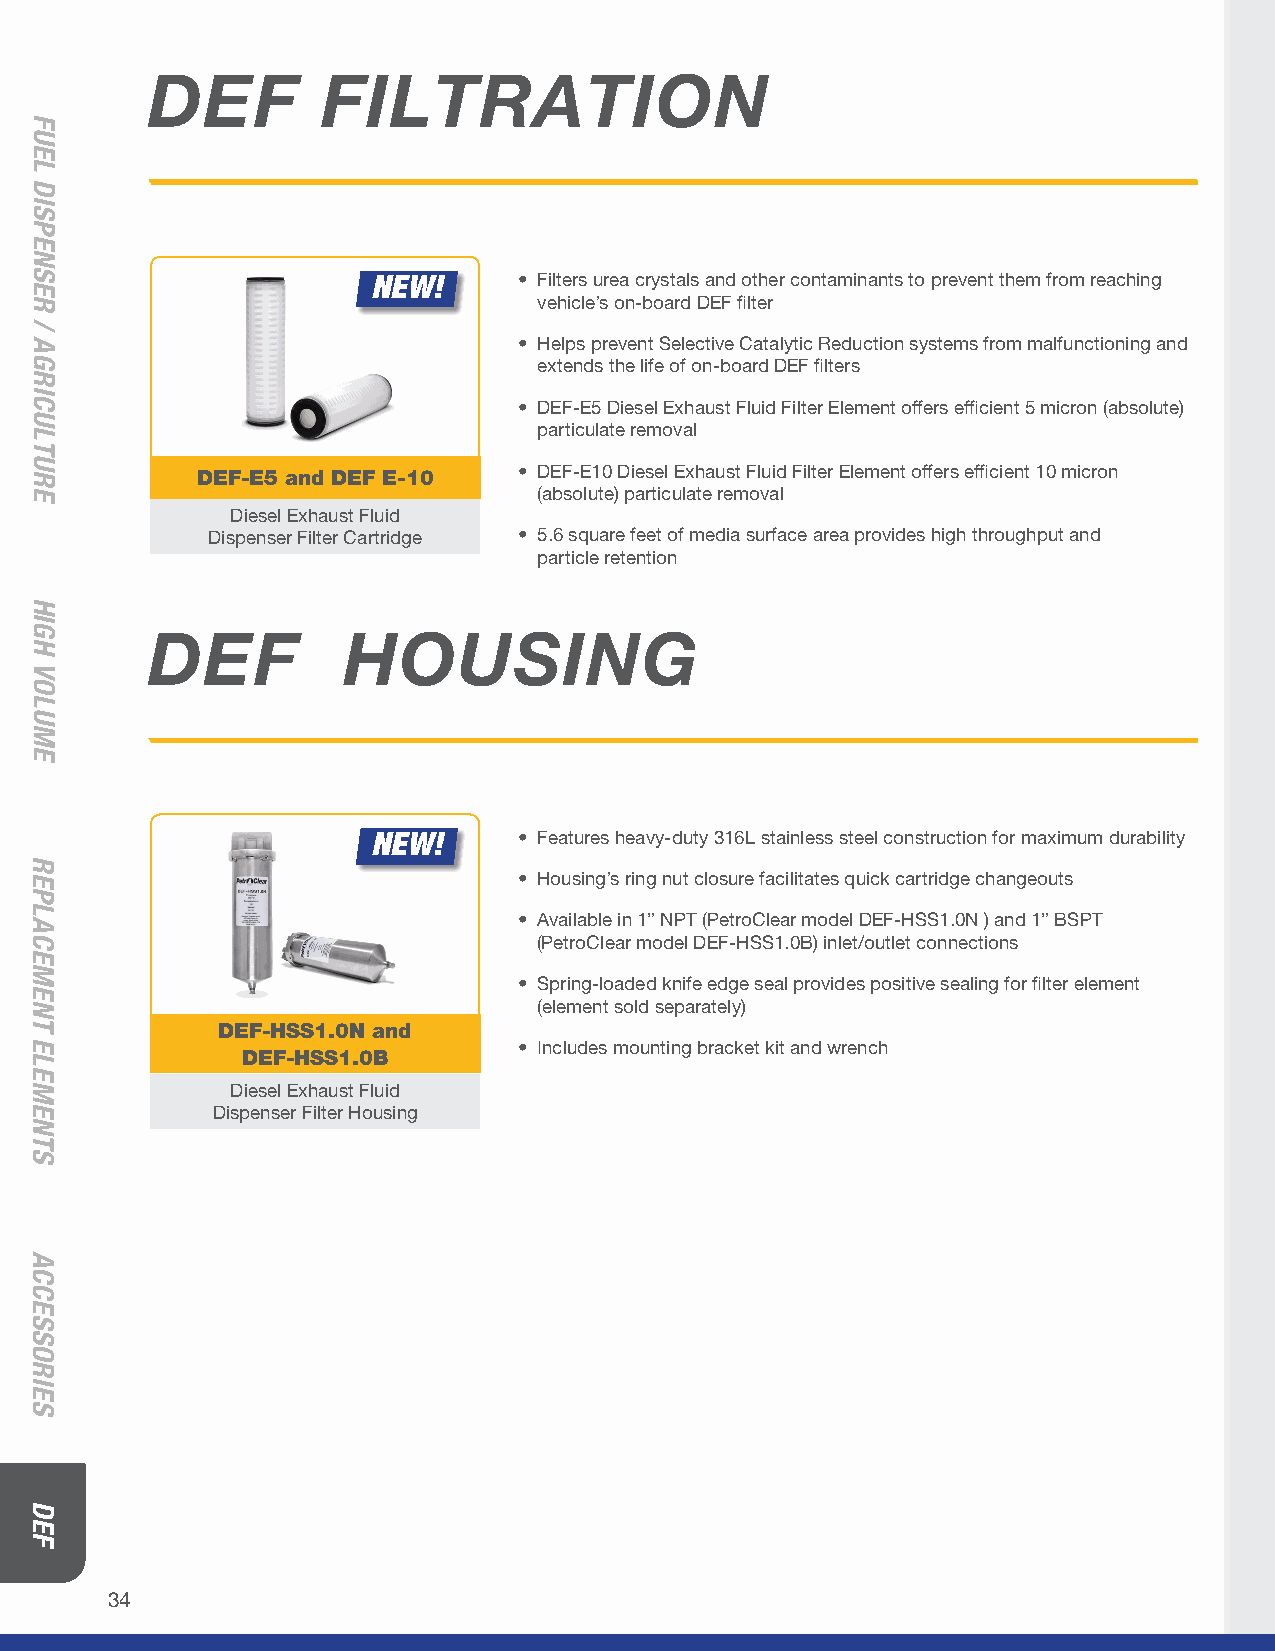
DEF        FILTRATION
 NEW!     • Filters urea crystals and other contaminants to prevent them from reaching
 vehicle’s on-board DEF filter
 • Helps prevent Selective Catalytic Reduction systems from malfunctioning and
 extends the life of on-board DEF filters
 • DEF-E5 Diesel Exhaust Fluid Filter Element offers efficient 5 micron (absolute)
 particulate removal
 • DEF-E10 Diesel Exhaust Fluid Filter Element offers efficient 10 micron
 DEF-E5 and DEF E-10
 (absolute) particulate removal
 Diesel Exhaust Fluid
 Dispenser Filter Cartridge • 5.6 square feet of media surface area provides high throughput and
 particle retention
 DEF          HOUSING
 NEW!     • Features heavy-duty 316L stainless steel construction for maximum durability
 • Housing’s ring nut closure facilitates quick cartridge changeouts
 • Available in 1” NPT (PetroClear model DEF-HSS1.0N ) and 1” BSPT
 (PetroClear model DEF-HSS1.0B) inlet/outlet connections
 • Spring-loaded knife edge seal provides positive sealing for filter element
 (element sold separately)
 DEF-HSS1.0N and
 • Includes mounting bracket kit and wrench
 DEF-HSS1.0B
 Diesel Exhaust Fluid
 Dispenser Filter Housing
 34
 FUEL
 DISPENSER
 /
 AGRICULTURE
 HIGH
 VOLUME
 REPLACEMENT
 ELEMENTS
 ACCESSORIES
 DEF